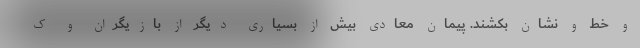
و خط و نشان بکشند. پیمان معادی بیش از بسیاری دیگر از بازیگران و ک